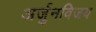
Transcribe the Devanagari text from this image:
अर्जुनविजय